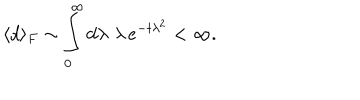
LaTeX: \langle d \rangle _ { F } \sim \int _ { 0 } ^ { \infty } \mathrm { d } \lambda \, \, \lambda \, e ^ { - t \lambda ^ { 2 } } < \infty .